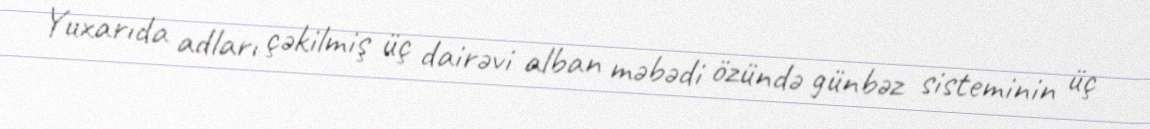
Yuxarıda adları çəkilmiş üç dairəvi alban məbədi özündə günbəz sisteminin üç